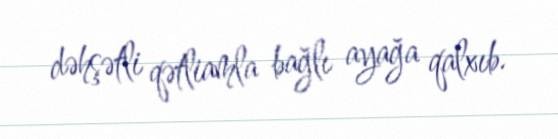
dəhşətli qətliamla bağlı ayağa qalxıb.